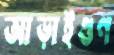
আড়াইগুণ